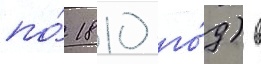
по́ 1810 го́д) в